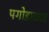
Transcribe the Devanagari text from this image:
पगोड़ाकार